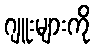
ဂျူးများကို